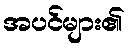
အပင်များ၏